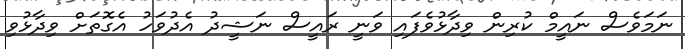
ނަމަވެސް ނައީމް ކުރިން ވިދާޅުވެފައި ވަނީ ރައީސް ނަޝީދު އެދުވަހު އެގޮތަށް ވިދާޅުވި